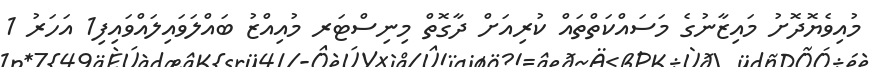
މުއިވެޔޮދޮށު މައިޒާނުގެ މަސައްކަތްތައް ކުރިއަށް ދާގޮތް މިނިސްޓަރ މުއިއްޒު ބައްލަވައިލައްވައިފި1 އަހަރު 1